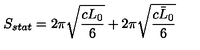
S _ { s t a t } = 2 \pi \sqrt { \frac { c L _ { 0 } } { 6 } } + 2 \pi \sqrt { \frac { c \bar { L } _ { 0 } } { 6 } }